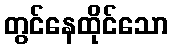
တွင်နေထိုင်သော